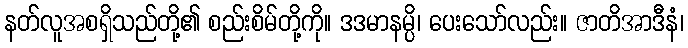
နတ်လူအစရှိသည်တို့၏ စည်းစိမ်တို့ကို။ ဒဒမာနမ္ပိ၊ ပေးသော်လည်း။ ဇာတိအာဒီနံ၊